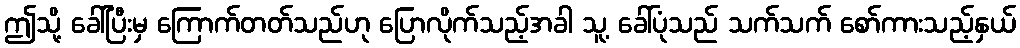
ဤသို့ ခေါ်ပြီးမှ ကြောက်တတ်သည်ဟု ပြောလိုက်သည့်အခါ သူ့ ခေါ်ပုံသည် သက်သက် စော်ကားသည့်နှယ်